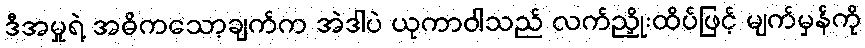
ဒီအမှုရဲ့ အဓိကသော့ချက်က အဲဒါပဲ ယုကာဝါသည် လက်ညှိုးထိပ်ဖြင့် မျက်မှန်ကို